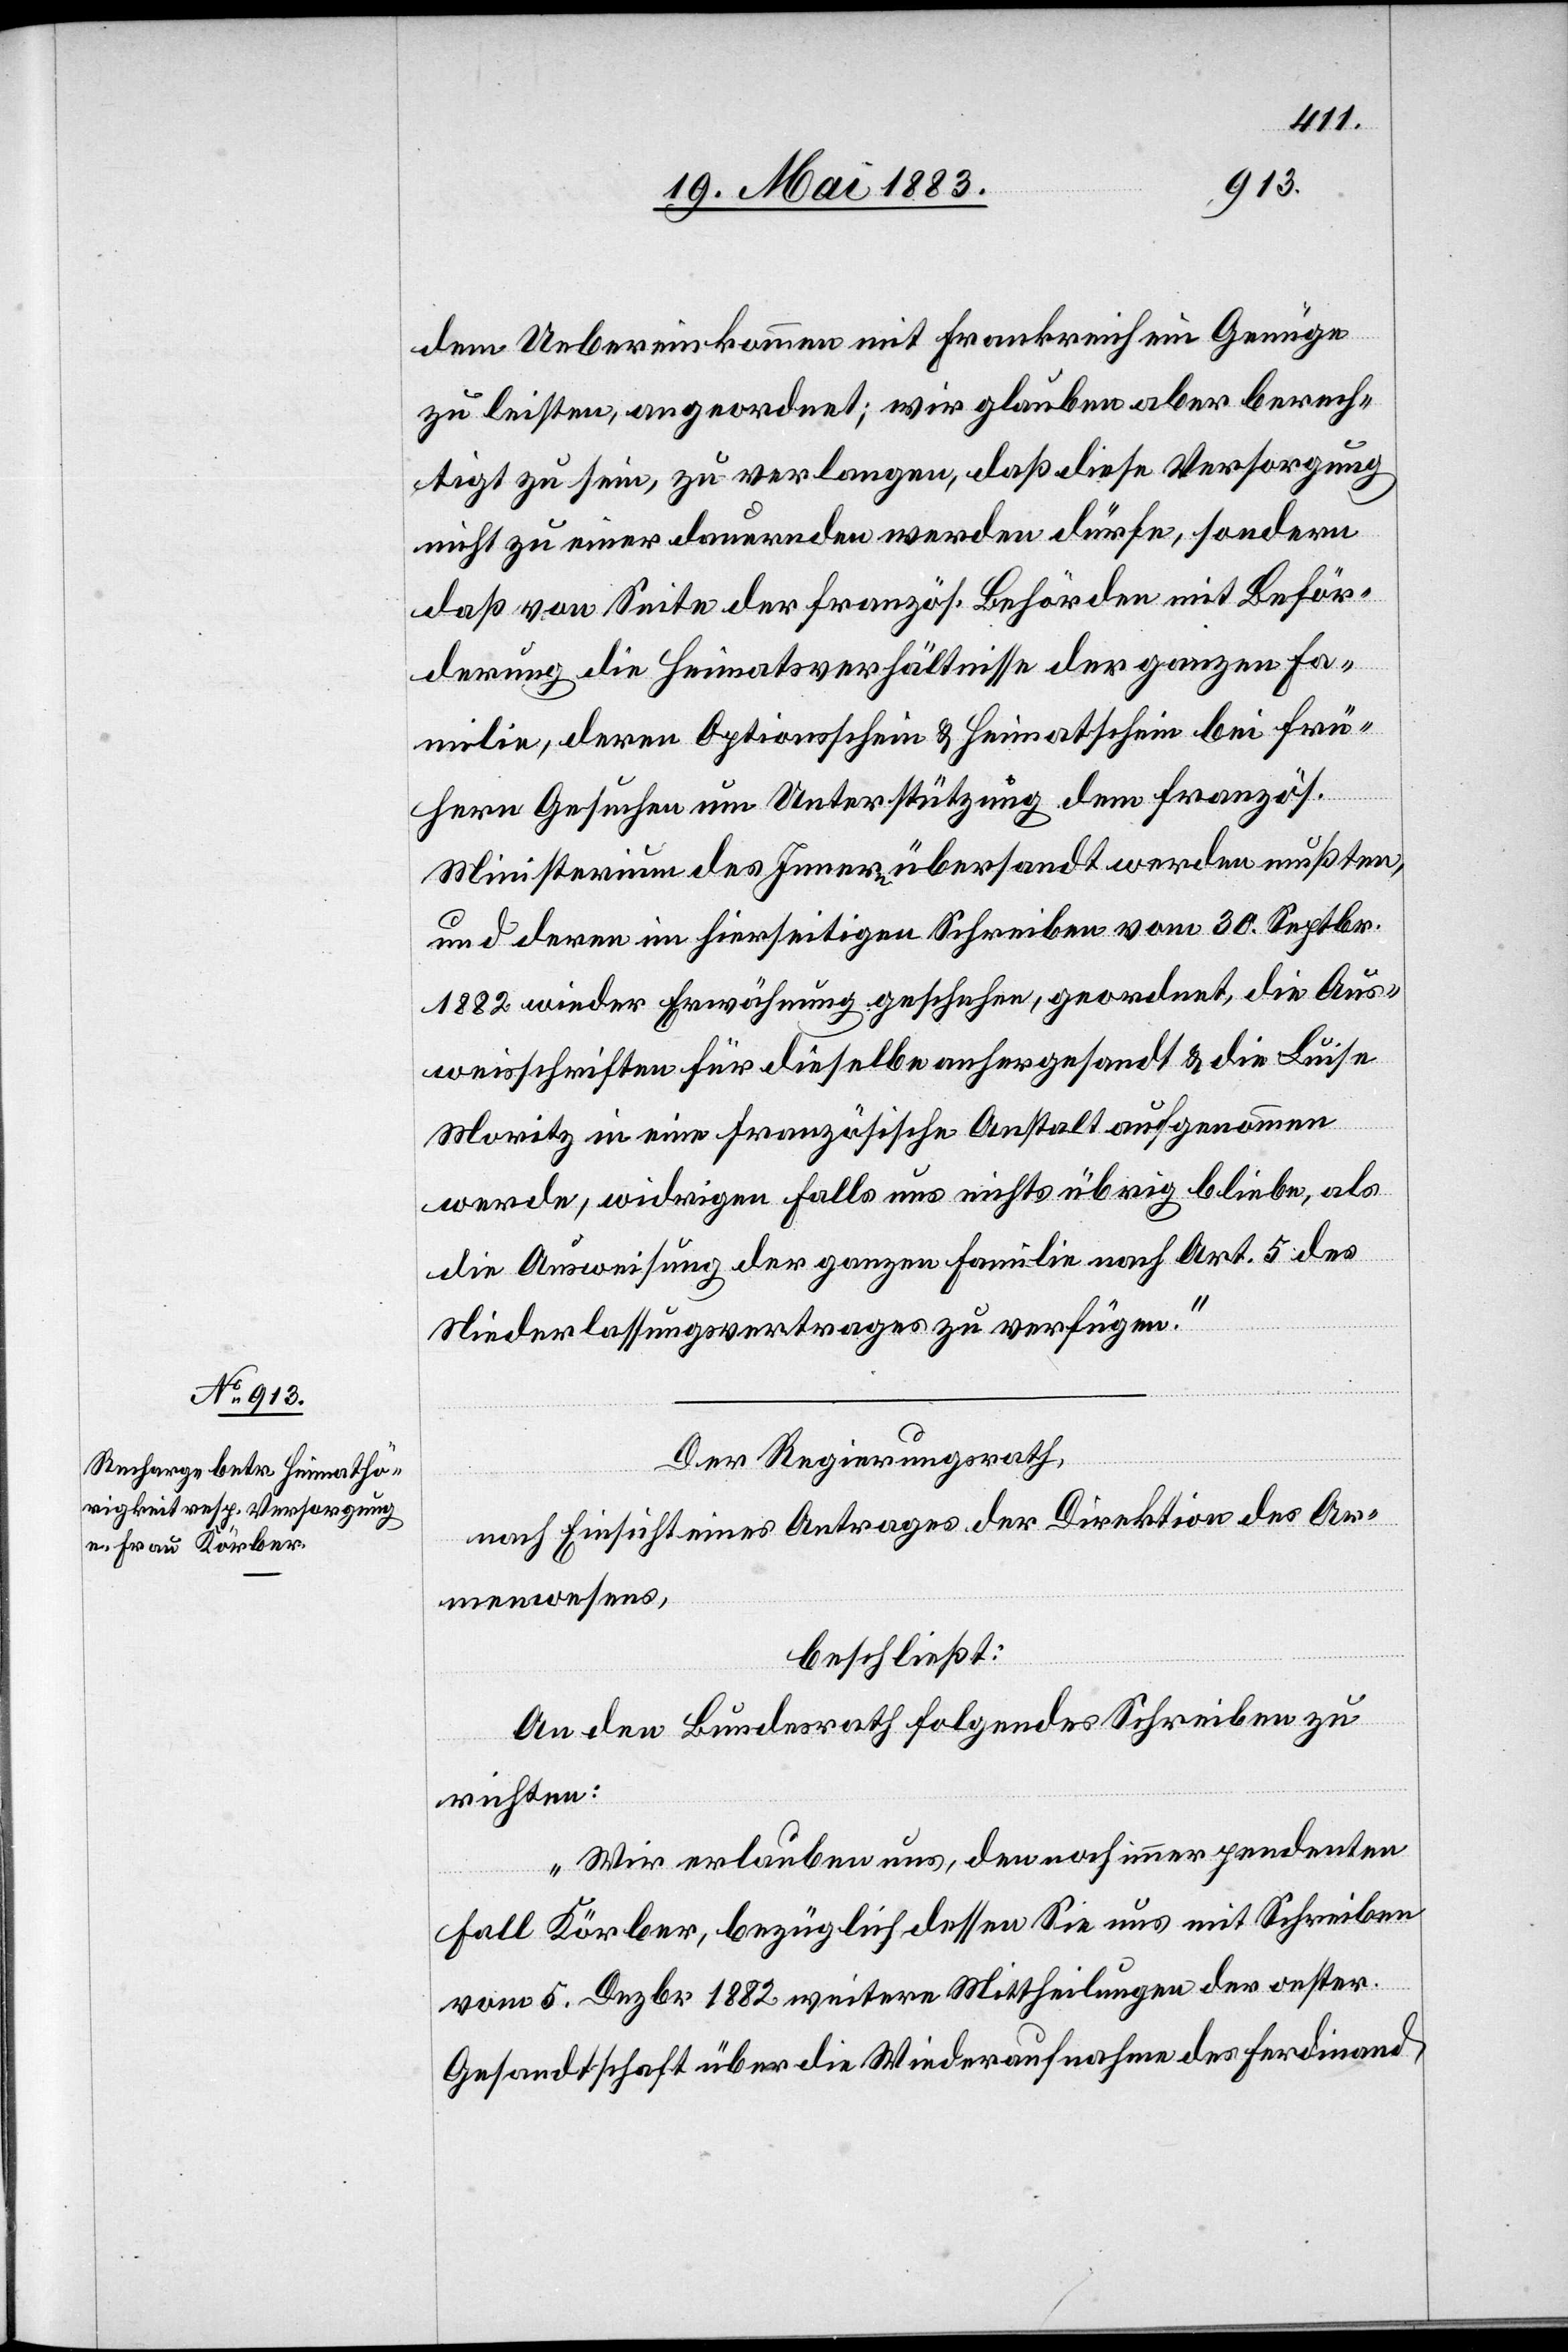
dem Uebereinkommen mit Frankreich ein Genüge
zu leisten, angeordnet; wir glauben aber berech¬
tigt zu sein, zu verlangen, daß die Versorgung
nicht zu einer dauernden werden dürfe, sondern
daß von Seite der französ. Behörden mit Beför¬
derung die Heimatverhältnisse der ganzen Fa¬
milie, deren Optionsschein & Heimatschein bei frü¬
hern Gesuchen um Unterstützung dem französ.
Ministerium des Innern übersandt werden mußten,
und deren im hierseitigen Schreiben vom 30. Septbr.
1882 wieder Erwähnung geschehen, geordnet, die Aus¬
weisschriften für dieselbe anher gesandt & die Luise
Moritz in eine französische Anstalt aufgenommen
werde, widrigen Falls uns nichts übrig bliebe, als
die Ausweisung der ganzen Familie nach Art. 5 des
Niederlassungsvertrages zu verfügen.“
Der Regierungsrath,
nach Einsicht eines Antrages der Direktion des Ar¬
menwesens,
beschließt:
An den Bundesrath folgendes Schreiben zu
richten:
„Wir erlauben uns, den noch immer pendenten
Fall Körber, bezüglich dessen Sie uns mit Schreiben
vom 5. Dezbr. 1882 weitere Mittheilungen der oester.
Gesandtschaft über die Wiederaufnahme des Ferdinand